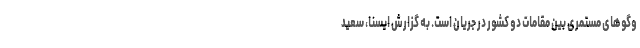
وگوهای مستمری بین مقامات دو کشور در جریان است. به گزارش ایسنا، سعید